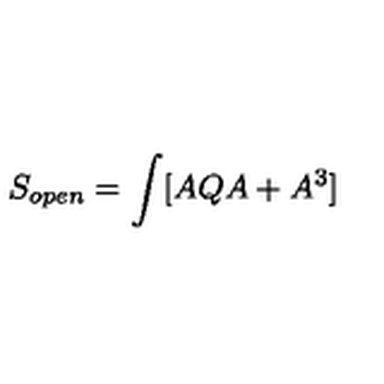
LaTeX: S _ { o p e n } = \int [ A Q A + A ^ { 3 } ]